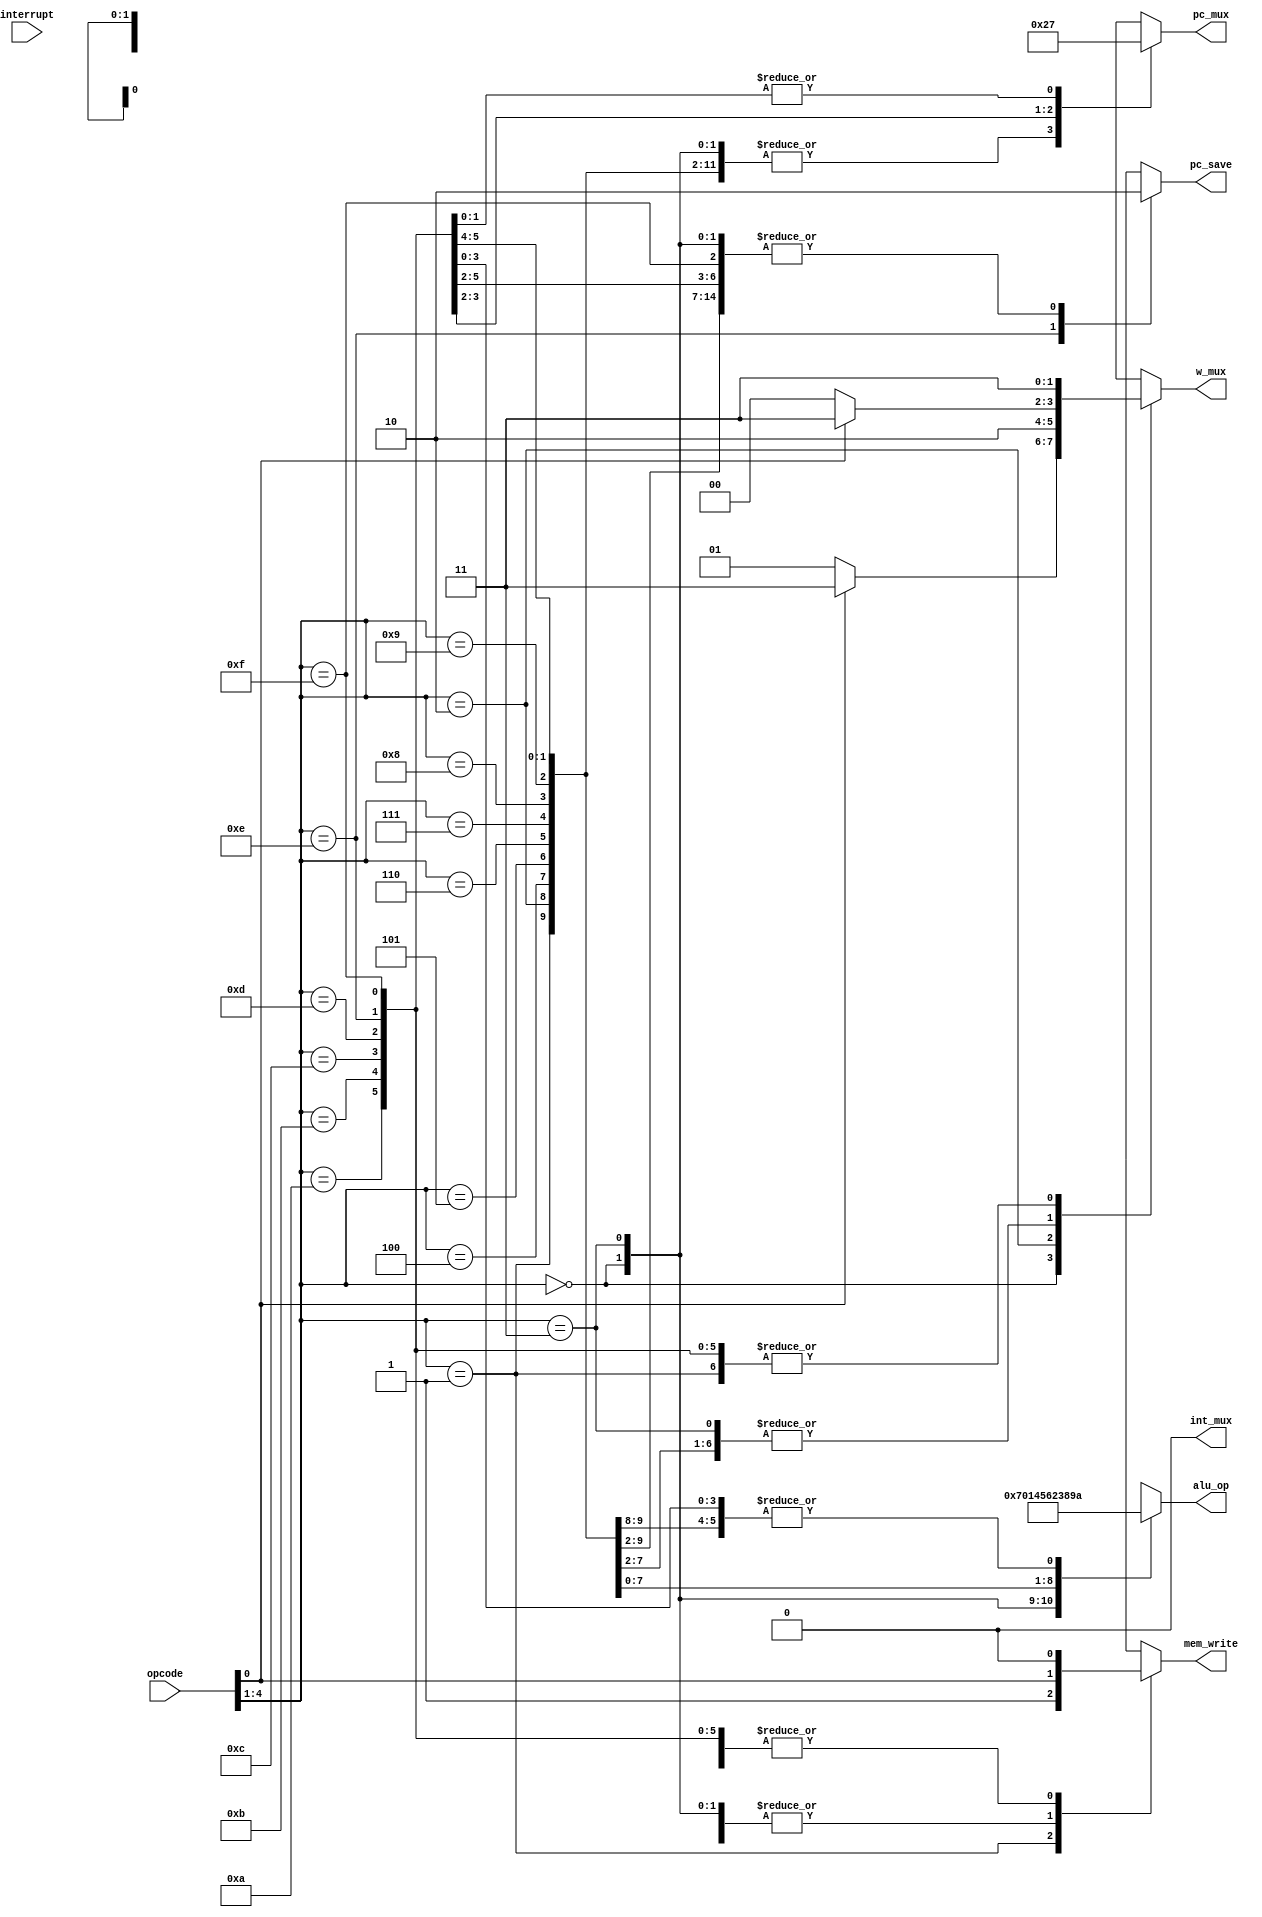
module Instruction_Decoder(
	input[4:0] opcode,
	input interrupt,
	output reg int_mux,
	output reg[1:0] pc_mux,
	output reg pc_save,
	output reg[1:0] w_mux,
	output reg mem_write,
	output reg[3:0] alu_op
);

parameter W_ALU = 2'h0;
parameter W_MEM = 2'h1;
parameter W_LIT = 2'h2;
parameter W_WREG = 2'h3;

parameter PC_ADD = 2'h0;
parameter PC_WREG = 2'h1;
parameter PC_LIT = 2'h2;
parameter PC_SAVE = 2'h3;

parameter ALU_ROTL = 4'h0;
parameter ALU_ROTR = 4'h1;
parameter ALU_ADD = 4'h2;
parameter ALU_SUB = 4'h3;
parameter ALU_AND = 4'h4;
parameter ALU_OR = 4'h5;
parameter ALU_XOR = 4'h6;
parameter ALU_ZEROT = 4'h7;
parameter ALU_PCZERO = 4'h8;
parameter ALU_PCZEROBAR = 4'h9;
parameter ALU_NOP = 4'hA;

initial
begin
	int_mux = 0;
	pc_mux = 0;
	pc_save = 0;
	w_mux = 0;
	mem_write = 0;
	alu_op = 0;
end

always @(opcode, interrupt)
begin
	int_mux = 1'b0;  // "hardwired" off until iterrupt controller implemented in future milestone.
	case (opcode[4:1])
		// mm
		4'h0 :
		begin
			if (opcode[0])
				w_mux = W_WREG;
			else
				w_mux = W_MEM;
			mem_write = opcode[0];
			pc_mux = PC_ADD;
			pc_save = 1'b0;
			alu_op = ALU_ZEROT;
		end

		// mwm
		4'h1 :
		begin
			w_mux = W_WREG;
			mem_write = 1'b1;
			pc_mux = PC_ADD;
			pc_save = 1'b0;
			alu_op = ALU_NOP;
		end

		//mlw
		4'h2 :
		begin
			w_mux = W_LIT;
			mem_write = 1'b0;
			pc_mux = PC_ADD;
			pc_save = 1'b0;
			alu_op = ALU_NOP;
		end

		// rlm
		4'h3 :
		begin
			if (opcode[0])
				w_mux = W_WREG;
			else
				w_mux = W_ALU;
			mem_write = opcode[0];
			pc_mux = PC_ADD;
			pc_save = 1'b0;
			alu_op = ALU_ROTL;
		end

		//rrm
		4'h4 :
		begin
			if (opcode[0])
				w_mux = W_WREG;
			else
				w_mux = W_ALU;
			mem_write = opcode[0];
			pc_mux = PC_ADD;
			pc_save = 1'b0;
			alu_op = ALU_ROTR;
		end

		//awm
		4'h5 :
		begin
			if (opcode[0])
				w_mux = W_WREG;
			else
				w_mux = W_ALU;
			mem_write = opcode[0];
			pc_mux = PC_ADD;
			pc_save = 1'b0;
			alu_op = ALU_AND;
		end

		// owm
		4'h6 :
		begin
			if (opcode[0])
				w_mux = W_WREG;
			else
				w_mux = W_ALU;
			mem_write = opcode[0];
			pc_mux = PC_ADD;
			pc_save = 1'b0;
			alu_op = ALU_OR;
		end

		// xwm
		4'h7 :
		begin
			if (opcode[0])
				w_mux = W_WREG;
			else
				w_mux = W_ALU;
			mem_write = opcode[0];
			pc_mux = PC_ADD;
			pc_save = 1'b0;
			alu_op = ALU_XOR;
		end

		// add
		4'h8 :
		begin
			if (opcode[0])
				w_mux = W_WREG;
			else
				w_mux = W_ALU;
			mem_write = opcode[0];
			pc_mux = PC_ADD;
			pc_save = 1'b0;
			alu_op = ALU_ADD;
		end

		// sub
		4'h9 :
		begin
			if (opcode[0])
				w_mux = W_WREG;
			else
				w_mux = W_ALU;
			mem_write = opcode[0];
			pc_mux = PC_ADD;
			pc_save = 1'b0;
			alu_op = ALU_SUB;
		end

		// sms
		4'hA :
		begin
			w_mux = W_WREG;
			mem_write = 1'b0;
			pc_mux = PC_ADD;
			pc_save = 1'b0;
			alu_op = ALU_PCZERO;
		end

		// smc
		4'hB :
		begin
			w_mux = W_WREG;
			mem_write = 1'b0;
			pc_mux = PC_ADD;
			pc_save = 1'b0;
			alu_op = ALU_PCZEROBAR;
		end

		// gol
		4'hC :
		begin
			w_mux = W_WREG;
			mem_write = 1'b0;
			pc_mux = PC_LIT;
			pc_save = 1'b0;
			alu_op = ALU_NOP;
		end

		// gow
		4'hD :
		begin
			w_mux = W_WREG;
			mem_write = 1'b0;
			pc_mux = PC_WREG;
			pc_save = 1'b0;
			alu_op = ALU_NOP;
		end

		// wfi
		4'hE :
		begin
			w_mux = W_WREG;
			mem_write = 1'b0;
			pc_mux = PC_SAVE;
			pc_save = 1'b1;
			alu_op = ALU_NOP;
		end

		// rfi
		4'hF :
		begin
			w_mux = W_WREG;
			mem_write = 1'b0;
			pc_mux = PC_SAVE;
			pc_save = 1'b0;
			alu_op = ALU_NOP;
		end
	endcase
end
endmodule